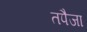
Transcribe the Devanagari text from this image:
तपैजा